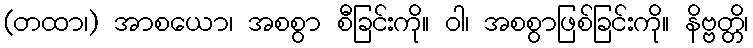
(တထာ၊) အာစယော၊ အစစွာ စီခြင်းကို။ ဝါ၊ အစစွာဖြစ်ခြင်းကို။ နိဗ္ဗတ္တိ၊